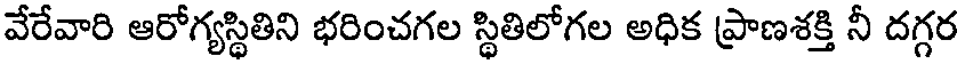
వేరేవారి ఆరోగ్యస్థితిని భరించగల స్థితిలోగల అధిక ప్రాణశక్తి నీ దగ్గర